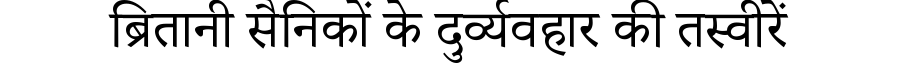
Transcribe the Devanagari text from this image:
ब्रितानी सैनिकों के दुर्व्यवहार की तस्वीरें